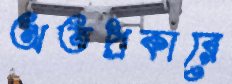
অতপ্রকারে